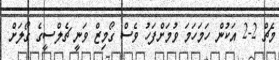
މެޗް 2-2 އަކުން ހަމަހަމަ ވުމަށްފަހު ވެސް ގޯމިޒް ވަނީ ޗެލްސީގެ ގޯލަށް